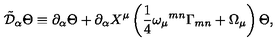
\tilde { { \cal D } } _ { \alpha } \Theta \equiv \partial _ { \alpha } \Theta + \partial _ { \alpha } X ^ { \mu } \left( { \frac { 1 } { 4 } } \omega _ { \mu } { } ^ { m n } \Gamma _ { m n } + \Omega _ { \mu } \right) \Theta ,